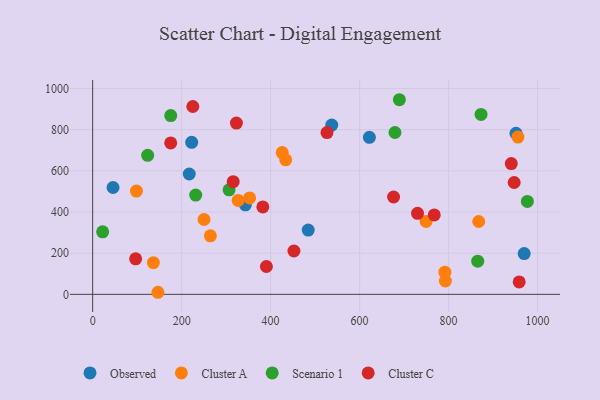
{"axis": {"x": "Investment", "y": "Rating"}, "legend": ["Cluster A", "Cluster C", "Observed", "Scenario 1"], "data": [{"x": "217.1", "y": 584.4, "type": "Observed"}, {"x": "969.9", "y": 198.2, "type": "Observed"}, {"x": "484.5", "y": 312.0, "type": "Observed"}, {"x": "951.5", "y": 782.3, "type": "Observed"}, {"x": "343.3", "y": 434.9, "type": "Observed"}, {"x": "45.8", "y": 518.9, "type": "Observed"}, {"x": "622.0", "y": 762.7, "type": "Observed"}, {"x": "222.6", "y": 738.4, "type": "Observed"}, {"x": "537.4", "y": 822.2, "type": "Observed"}, {"x": "426.1", "y": 688.7, "type": "Cluster A"}, {"x": "264.6", "y": 284.0, "type": "Cluster A"}, {"x": "867.7", "y": 353.7, "type": "Cluster A"}, {"x": "433.9", "y": 653.6, "type": "Cluster A"}, {"x": "792.8", "y": 64.7, "type": "Cluster A"}, {"x": "146.7", "y": 10.0, "type": "Cluster A"}, {"x": "327.0", "y": 456.1, "type": "Cluster A"}, {"x": "98.4", "y": 501.7, "type": "Cluster A"}, {"x": "250.3", "y": 363.4, "type": "Cluster A"}, {"x": "352.9", "y": 468.3, "type": "Cluster A"}, {"x": "791.6", "y": 107.5, "type": "Cluster A"}, {"x": "136.5", "y": 153.6, "type": "Cluster A"}, {"x": "955.9", "y": 764.0, "type": "Cluster A"}, {"x": "749.4", "y": 354.3, "type": "Cluster A"}, {"x": "231.6", "y": 482.0, "type": "Scenario 1"}, {"x": "689.4", "y": 945.3, "type": "Scenario 1"}, {"x": "977.1", "y": 451.4, "type": "Scenario 1"}, {"x": "865.5", "y": 161.0, "type": "Scenario 1"}, {"x": "123.6", "y": 675.1, "type": "Scenario 1"}, {"x": "175.5", "y": 868.3, "type": "Scenario 1"}, {"x": "306.6", "y": 507.7, "type": "Scenario 1"}, {"x": "873.0", "y": 873.8, "type": "Scenario 1"}, {"x": "679.5", "y": 786.1, "type": "Scenario 1"}, {"x": "22.4", "y": 303.8, "type": "Scenario 1"}, {"x": "323.1", "y": 831.7, "type": "Cluster C"}, {"x": "175.4", "y": 735.7, "type": "Cluster C"}, {"x": "452.4", "y": 210.5, "type": "Cluster C"}, {"x": "947.4", "y": 543.2, "type": "Cluster C"}, {"x": "526.7", "y": 785.9, "type": "Cluster C"}, {"x": "315.9", "y": 547.0, "type": "Cluster C"}, {"x": "676.4", "y": 472.8, "type": "Cluster C"}, {"x": "390.5", "y": 135.1, "type": "Cluster C"}, {"x": "730.2", "y": 393.4, "type": "Cluster C"}, {"x": "96.6", "y": 172.7, "type": "Cluster C"}, {"x": "958.7", "y": 60.4, "type": "Cluster C"}, {"x": "767.8", "y": 385.8, "type": "Cluster C"}, {"x": "225.1", "y": 912.5, "type": "Cluster C"}, {"x": "940.9", "y": 635.3, "type": "Cluster C"}, {"x": "382.5", "y": 424.7, "type": "Cluster C"}]}